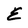
Character: E